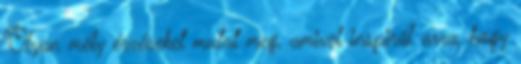
Olyan mély érzéseket mutat meg, amivel inspirál arra, hogy